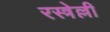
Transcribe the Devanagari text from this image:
रस्त्रेल्ली